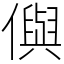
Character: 㒜